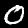
Label: 0